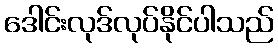
ဒေါင်းလုဒ်လုပ်နိုင်ပါသည်